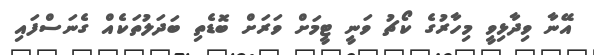
އޭނާ ވިދާޅިވީ މިހާރުގެ ކޯޗު ވަނީ ޓީމަށް ވަރަށް ބޮޑެތި ބަދަލުތަކެއް ގެނަސްފައި